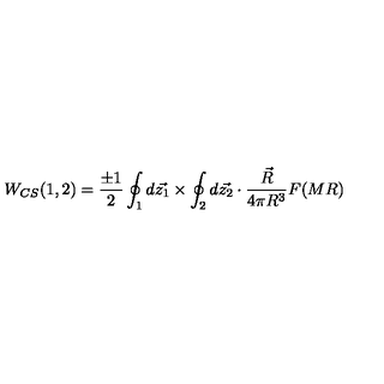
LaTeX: W _ { C S } ( 1 , 2 ) = \frac { \pm 1 } { 2 } \oint _ { 1 } d \vec { z _ { 1 } } \times \oint _ { 2 } d \vec { z _ { 2 } } \cdot \frac { \vec { R } } { 4 \pi R ^ { 3 } } F ( M R )